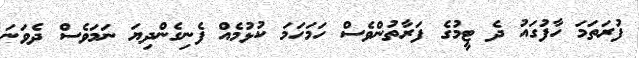
ފުރަތަމަ ހާފުގައު ދެ ޓީމުގެ ފަރާތުންވެސް ހަމަހަމަ ކުޅުމެއް ފެނިގެންދިޔަ ނަމަވެސް ދެވަނަ